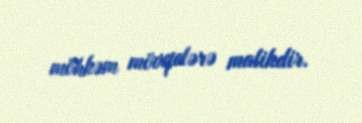
möhkəm mövqelərə malikdir.